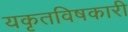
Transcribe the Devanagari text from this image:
यकृतविषकारी